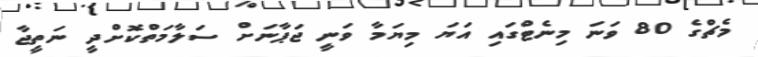
މެޗްގެ 80 ވަނަ މިނެޓްގައި އަޔަ މިޔަމާ ވަނީ ޖަޕާނަށް ސަލާމަތްކޮށްދީ ނަތީޖާ